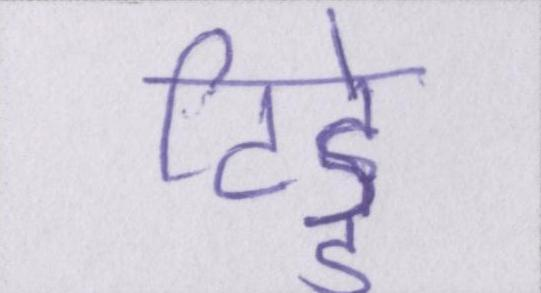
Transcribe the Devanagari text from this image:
टिड्डे